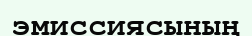
эмиссиясының